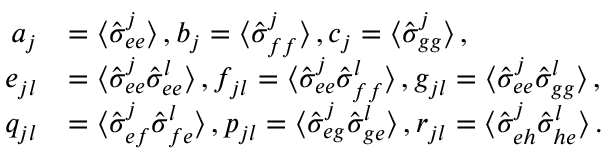
\begin{array} { r l } { a _ { j } } & { = \mathinner { \langle { \hat { \sigma } _ { e e } ^ { j } } \rangle } , b _ { j } = \mathinner { \langle { \hat { \sigma } _ { f f } ^ { j } } \rangle } , c _ { j } = \mathinner { \langle { \hat { \sigma } _ { g g } ^ { j } } \rangle } , } \\ { e _ { j l } } & { = \mathinner { \langle { \hat { \sigma } _ { e e } ^ { j } \hat { \sigma } _ { e e } ^ { l } } \rangle } , f _ { j l } = \mathinner { \langle { \hat { \sigma } _ { e e } ^ { j } \hat { \sigma } _ { f f } ^ { l } } \rangle } , g _ { j l } = \mathinner { \langle { \hat { \sigma } _ { e e } ^ { j } \hat { \sigma } _ { g g } ^ { l } } \rangle } , } \\ { q _ { j l } } & { = \mathinner { \langle { \hat { \sigma } _ { e f } ^ { j } \hat { \sigma } _ { f e } ^ { l } } \rangle } , p _ { j l } = \mathinner { \langle { \hat { \sigma } _ { e g } ^ { j } \hat { \sigma } _ { g e } ^ { l } } \rangle } , r _ { j l } = \mathinner { \langle { \hat { \sigma } _ { e h } ^ { j } \hat { \sigma } _ { h e } ^ { l } } \rangle } . } \end{array}